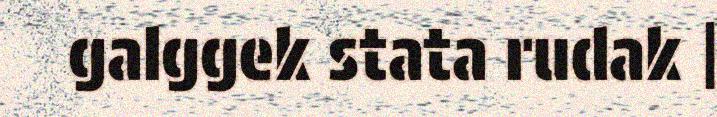
galggek stata rudak |